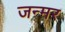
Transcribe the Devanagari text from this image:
जन्मर